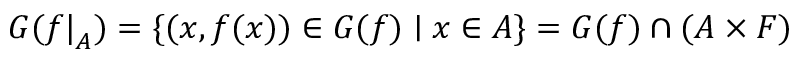
G ( { f | } _ { A } ) = \{ ( x , f ( x ) ) \in G ( f ) \mid x \in A \} = G ( f ) \cap ( A \times F )